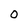
Character: o